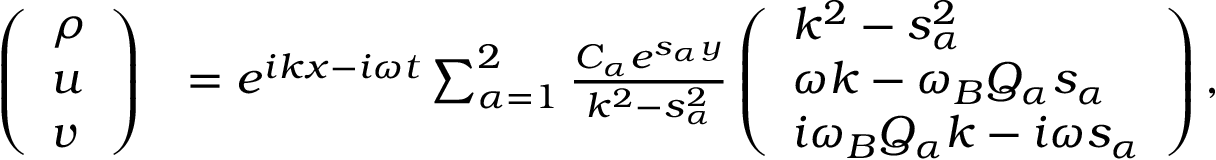
\begin{array} { r l } { \left( \begin{array} { l } { \rho } \\ { u } \\ { v } \end{array} \right) } & { = e ^ { i k x - i \omega t } \sum _ { \alpha = 1 } ^ { 2 } \frac { C _ { \alpha } e ^ { s _ { \alpha } y } } { k ^ { 2 } - s _ { \alpha } ^ { 2 } } \left( \begin{array} { l } { k ^ { 2 } - s _ { \alpha } ^ { 2 } } \\ { \omega k - \omega _ { B } Q _ { \alpha } s _ { \alpha } } \\ { i \omega _ { B } Q _ { \alpha } k - i \omega s _ { \alpha } } \end{array} \right) , } \end{array}